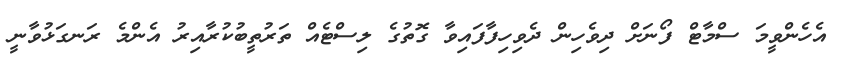
އެހެންވީމަ ސްމާޓް ފޯނަށް ދިވެހިން ދެވިހިފާފައިވާ ގޮތުގެ ލިސްޓެއް ތަރުތީބުކުރާއިރު އެންމެ ރަނގަޅުވާނީ